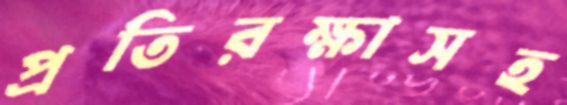
প্রতিরক্ষাসহ